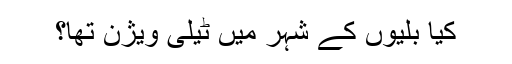
کیا بلّیوں کے شہر میں ٹیلی ویژن تھا؟